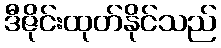
ဒီဇိုင်းထုတ်နိုင်သည်